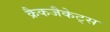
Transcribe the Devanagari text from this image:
क्रैकजैकेट्स